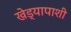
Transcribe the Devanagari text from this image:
खेड्यापाशी